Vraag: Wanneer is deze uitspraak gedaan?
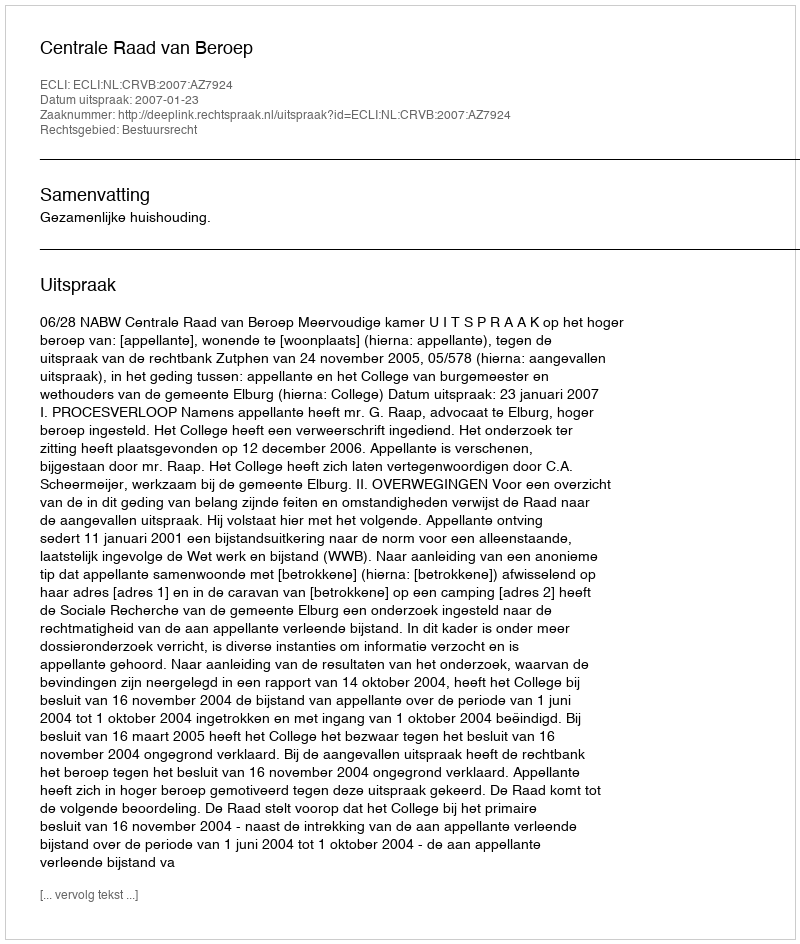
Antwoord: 2007-01-23